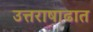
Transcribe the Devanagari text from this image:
उत्तराषाढात